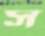
স